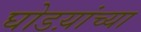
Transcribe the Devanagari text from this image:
घोडय़ांच्या